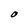
Character: O